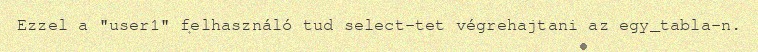
Ezzel a "user1" felhasználó tud select-tet végrehajtani az egy_tabla-n.